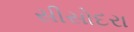
સીસોદરા